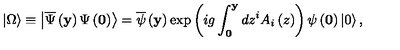
\left| \Omega \right\rangle \equiv \left| \overline { \Psi } \left( { \bf y } \right) \Psi \left( { \bf 0 } \right) \right\rangle = \overline { \psi } \left( { \bf y } \right) \exp \left( { i g \int _ { \bf 0 } ^ { \bf y } { d z ^ { i } A _ { i } \left( z \right) } } \right) \psi \left( { \bf 0 } \right) \left| 0 \right\rangle ,